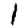
Digit: 1